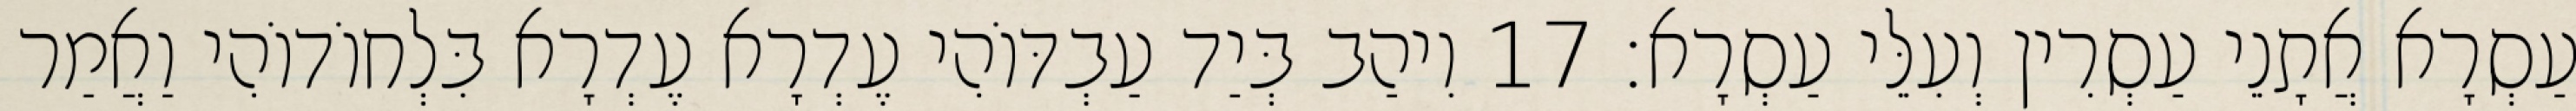
עַסְרָא אֲתָנֵי עַסְרִין וְעִלֵּי עַסְרָא׃ 17 וִיהַב בְּיַד עַבְדּוֹהִי עֶדְרָא עֶדְרָא בִּלְחוֹדוֹהִי וַאֲמַר